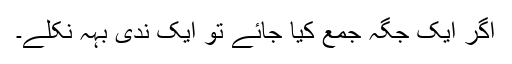
اگر ایک جگہ جمع کیا جائے تو ایک ندی بہہ نکلے۔